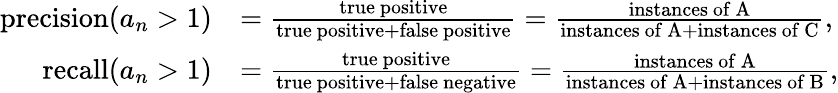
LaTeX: \begin{array}{rl}{\mathrm{precision}(a_{n}>1)}&{=\frac{\mathrm{true~positive}}{\mathrm{true~positive}+\mathrm{false~positive}}=\frac{\mathrm{instances~of~A}}{\mathrm{instances~of~A}+\mathrm{instances~of~C}},}\\ {\mathrm{recall}(a_{n}>1)}&{=\frac{\mathrm{true~positive}}{\mathrm{true~positive}+\mathrm{false~negative}}=\frac{\mathrm{instances~of~A}}{\mathrm{instances~of~A}+\mathrm{instances~of~B}},}\end{array}